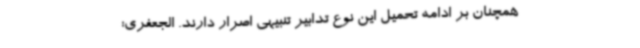
همچنان بر ادامه تحمیل این نوع تدابیر تنبیهی اصرار دارند. الجعفری: